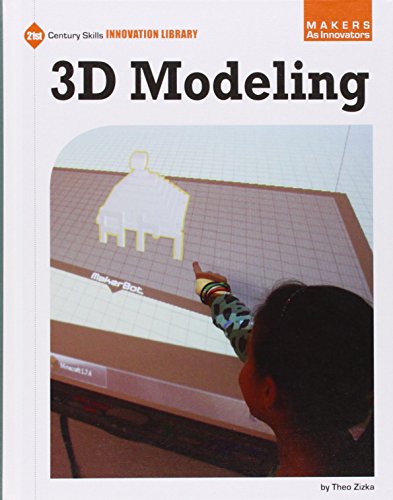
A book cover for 3d Modeling (21st Century Skills Innovation Library: Makers As Innovators); Theo Zizkaj; Children's Books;